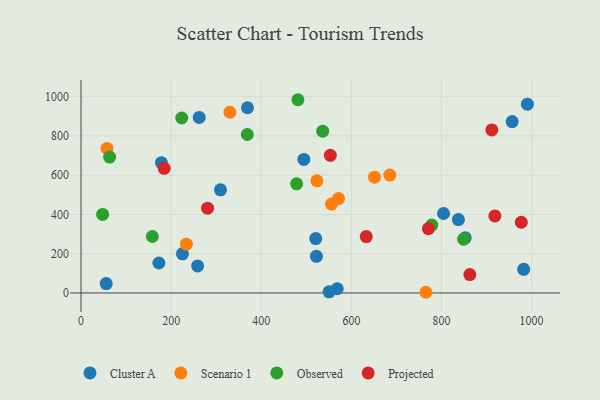
{"axis": {"x": "Distance", "y": "Sales"}, "legend": ["Cluster A", "Observed", "Projected", "Scenario 1"], "data": [{"x": "522.4", "y": 186.6, "type": "Cluster A"}, {"x": "258.7", "y": 137.9, "type": "Cluster A"}, {"x": "172.8", "y": 152.6, "type": "Cluster A"}, {"x": "804.5", "y": 404.7, "type": "Cluster A"}, {"x": "225.0", "y": 199.3, "type": "Cluster A"}, {"x": "956.8", "y": 872.8, "type": "Cluster A"}, {"x": "852.7", "y": 280.7, "type": "Cluster A"}, {"x": "520.9", "y": 277.1, "type": "Cluster A"}, {"x": "494.5", "y": 680.1, "type": "Cluster A"}, {"x": "178.4", "y": 663.4, "type": "Cluster A"}, {"x": "369.4", "y": 943.3, "type": "Cluster A"}, {"x": "982.4", "y": 120.5, "type": "Cluster A"}, {"x": "55.9", "y": 48.0, "type": "Cluster A"}, {"x": "309.5", "y": 525.5, "type": "Cluster A"}, {"x": "837.5", "y": 374.0, "type": "Cluster A"}, {"x": "262.3", "y": 893.9, "type": "Cluster A"}, {"x": "990.6", "y": 961.3, "type": "Cluster A"}, {"x": "568.6", "y": 21.5, "type": "Cluster A"}, {"x": "550.5", "y": 5.8, "type": "Cluster A"}, {"x": "555.9", "y": 452.5, "type": "Scenario 1"}, {"x": "330.4", "y": 920.3, "type": "Scenario 1"}, {"x": "651.4", "y": 589.9, "type": "Scenario 1"}, {"x": "233.8", "y": 248.3, "type": "Scenario 1"}, {"x": "765.5", "y": 3.5, "type": "Scenario 1"}, {"x": "523.5", "y": 571.0, "type": "Scenario 1"}, {"x": "571.5", "y": 480.5, "type": "Scenario 1"}, {"x": "57.7", "y": 736.0, "type": "Scenario 1"}, {"x": "685.3", "y": 600.3, "type": "Scenario 1"}, {"x": "478.5", "y": 556.1, "type": "Observed"}, {"x": "778.4", "y": 345.8, "type": "Observed"}, {"x": "369.0", "y": 807.0, "type": "Observed"}, {"x": "481.4", "y": 984.2, "type": "Observed"}, {"x": "47.9", "y": 400.2, "type": "Observed"}, {"x": "63.4", "y": 692.0, "type": "Observed"}, {"x": "849.2", "y": 274.2, "type": "Observed"}, {"x": "158.3", "y": 287.5, "type": "Observed"}, {"x": "536.3", "y": 823.9, "type": "Observed"}, {"x": "223.5", "y": 891.2, "type": "Observed"}, {"x": "862.9", "y": 93.7, "type": "Projected"}, {"x": "280.8", "y": 432.0, "type": "Projected"}, {"x": "633.0", "y": 287.3, "type": "Projected"}, {"x": "553.3", "y": 701.2, "type": "Projected"}, {"x": "918.5", "y": 392.6, "type": "Projected"}, {"x": "770.9", "y": 327.2, "type": "Projected"}, {"x": "911.7", "y": 830.5, "type": "Projected"}, {"x": "977.0", "y": 360.1, "type": "Projected"}, {"x": "184.5", "y": 635.0, "type": "Projected"}]}